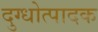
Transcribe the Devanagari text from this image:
दुग्धोत्पादक